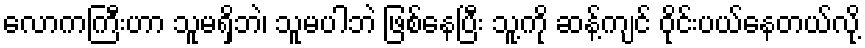
လောကကြီးဟာ သူမရှိဘဲ၊ သူမပါဘဲ ဖြစ်နေပြီး သူ့ကို ဆန့်ကျင် ဝိုင်းပယ်နေတယ်လို့